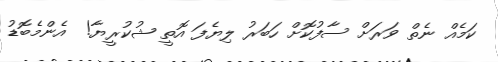
ކަމެއް ނެތް ވަރަށް ސާފުކޮށް ހަބަރު ލިޔެފަ އޮތީ ޝުކުރީޔާ!  އެންމެބޮޑު